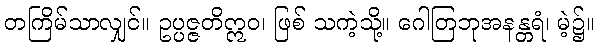
တကြိမ်သာလျှင်။ ဥပ္ပဇ္ဇတိဣဝ၊ ဖြစ် သကဲ့သို့။ ဂေါတြဘုအနန္တရံ၊ မဲ့၌။